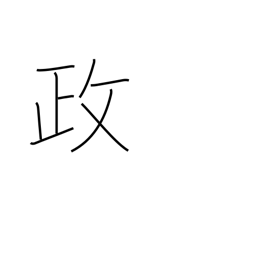
Meaning: politics